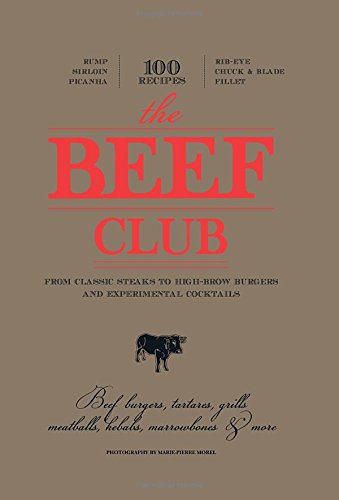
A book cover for The Beef Club: From Classic Steaks to High-Brow Burgers and Experimental Cocktails; Olivier Bon; Cookbooks, Food & Wine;